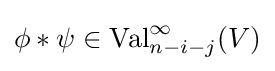
\phi \ast \psi \in \operatorname {Val} _{n-i-j}^{\infty }(V)